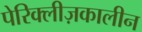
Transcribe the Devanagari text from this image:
पेरिक्लीज़कालीन